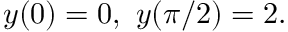
y ( 0 ) = 0 , \ y ( \pi / 2 ) = 2 .